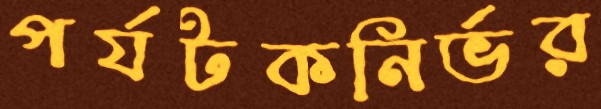
পর্যটকনির্ভর